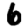
Digit: 6